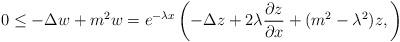
LaTeX: \begin{align*} 0 \leq -\Delta w +m^2 w = e^{-\lambda x} \left( -\Delta z + 2 \lambda \frac{\partial z}{\partial x} + (m^2-\lambda^2)z, \right)\end{align*}